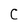
Character: C